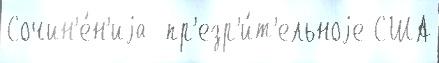
Сочин'е́н'иjа  пр'езр'и́т'ельноjе США